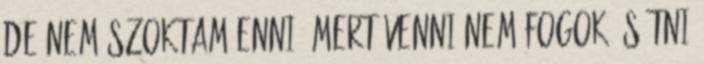
de nem szoktam enni, mert venni nem fogok, sütni